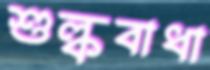
শুল্কবাধা